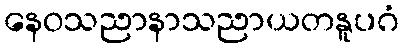
နေဝသညာနာသညာယတနူပဂံ